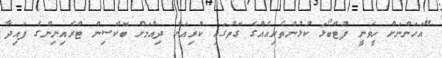
"އަހަންނަށް ހީވަނީ ފުޓްބޯޅަ ކުޅުންތެރިއެއްގެ ގޮތުގައި ކުރިއަށް ދިއުމަށް ބޮކްސިން ޓްރެއިނިންގެ ފައިދާ